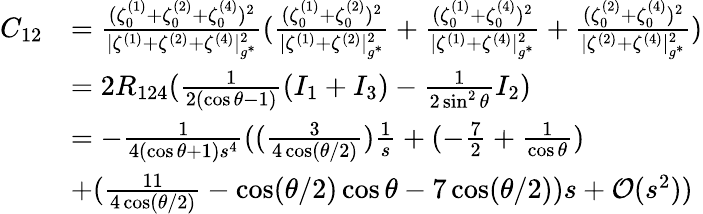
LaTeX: \begin{array}{rl}{C_{12}}&{=\frac{(\zeta_{0}^{(1)}+\zeta_{0}^{(2)}+\zeta_{0}^{(4)})^{2}}{|\zeta^{(1)}+\zeta^{(2)}+\zeta^{(4)}|_{g^{*}}^{2}}(\frac{(\zeta_{0}^{(1)}+\zeta_{0}^{(2)})^{2}}{|\zeta^{(1)}+\zeta^{(2)}|_{g^{*}}^{2}}+\frac{(\zeta_{0}^{(1)}+\zeta_{0}^{(4)})^{2}}{|\zeta^{(1)}+\zeta^{(4)}|_{g^{*}}^{2}}+\frac{(\zeta_{0}^{(2)}+\zeta_{0}^{(4)})^{2}}{|\zeta^{(2)}+\zeta^{(4)}|_{g^{*}}^{2}})}\\ &{=2R_{124}(\frac{1}{2(\cos\theta-1)}(I_{1}+I_{3})-\frac{1}{2\sin^{2}\theta}I_{2})}\\ &{=-\frac{1}{4(\cos\theta+1)s^{4}}((\frac{3}{4\cos({\theta}/{2})})\frac{1}{s}+(-\frac{7}{2}+\frac{1}{\cos\theta})}\\ &{+(\frac{11}{4\cos({\theta}/{2})}-\cos({\theta}/{2})\cos\theta-7\cos({\theta}/{2}))s+\mathcal{O}(s^{2}))}\end{array}